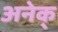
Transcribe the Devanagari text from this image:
अनेक्